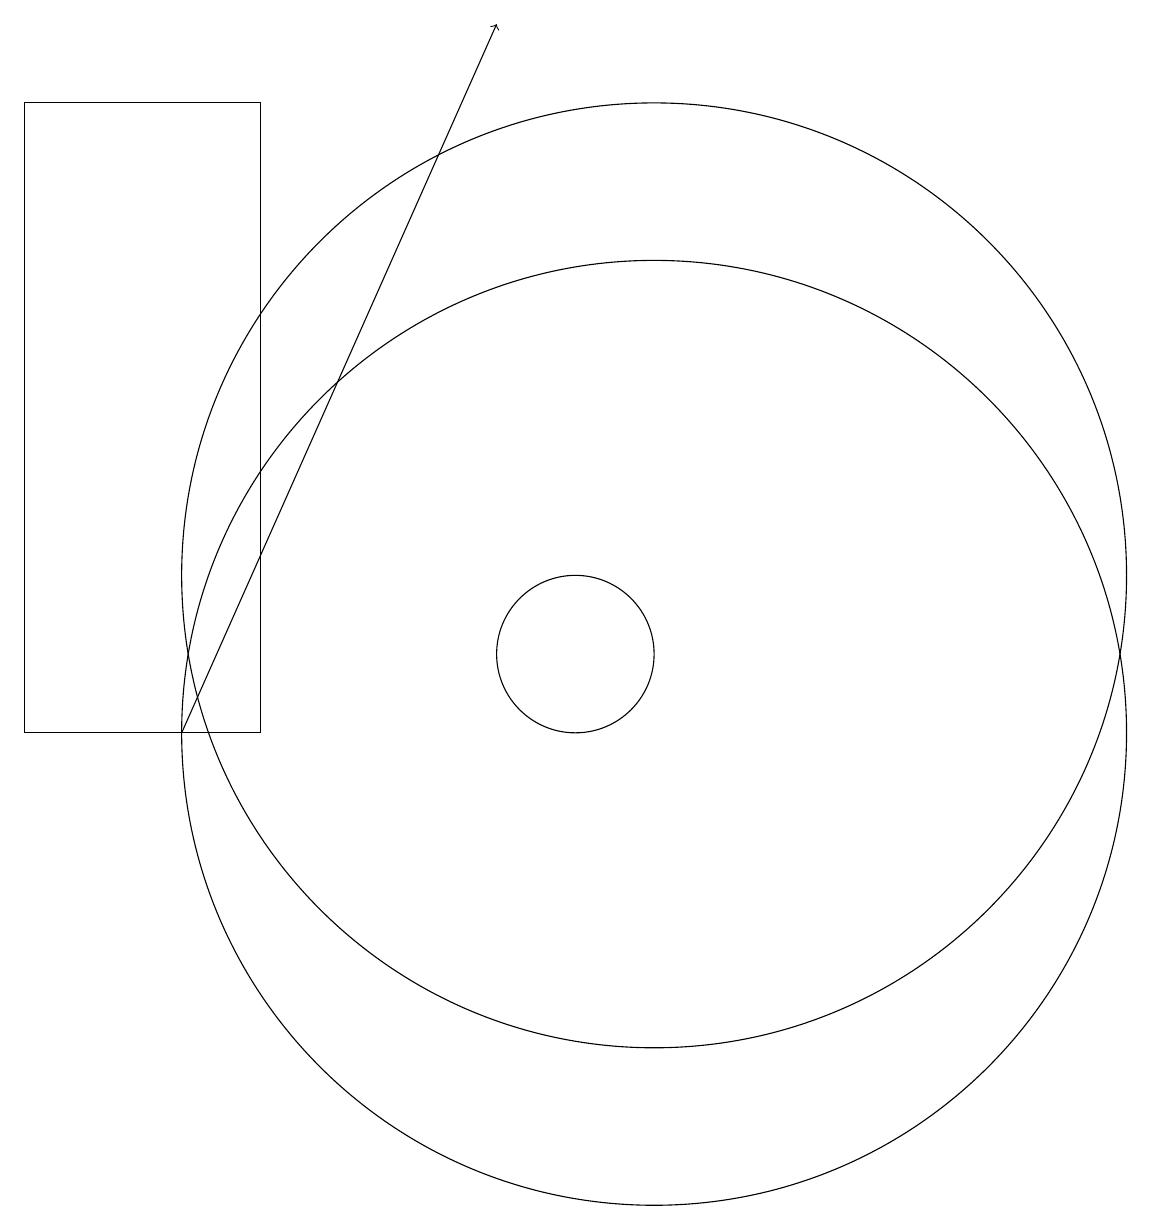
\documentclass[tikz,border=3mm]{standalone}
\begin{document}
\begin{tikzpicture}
\draw (10,11) circle (1);
\draw (6,18) rectangle (3,10);
\draw (11,12) circle (6);
\draw[->] (5,10) -- (9,19);
\draw (11,10) circle (6);
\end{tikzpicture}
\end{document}